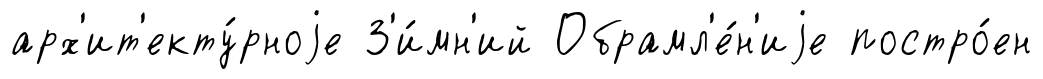
арх'ит'екту́рноjе З'и́мн'ий Обрамл'е́н'иjе постро́ен